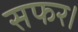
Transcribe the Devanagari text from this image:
सफर।